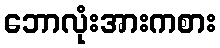
ဘောလုံးအားကစား